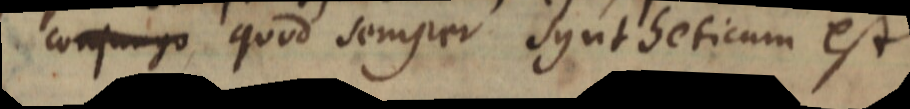
conjugo quod semper syntheticum est